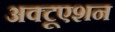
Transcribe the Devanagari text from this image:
अक्टूएशन